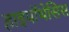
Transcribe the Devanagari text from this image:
हाइपॉथेसिस